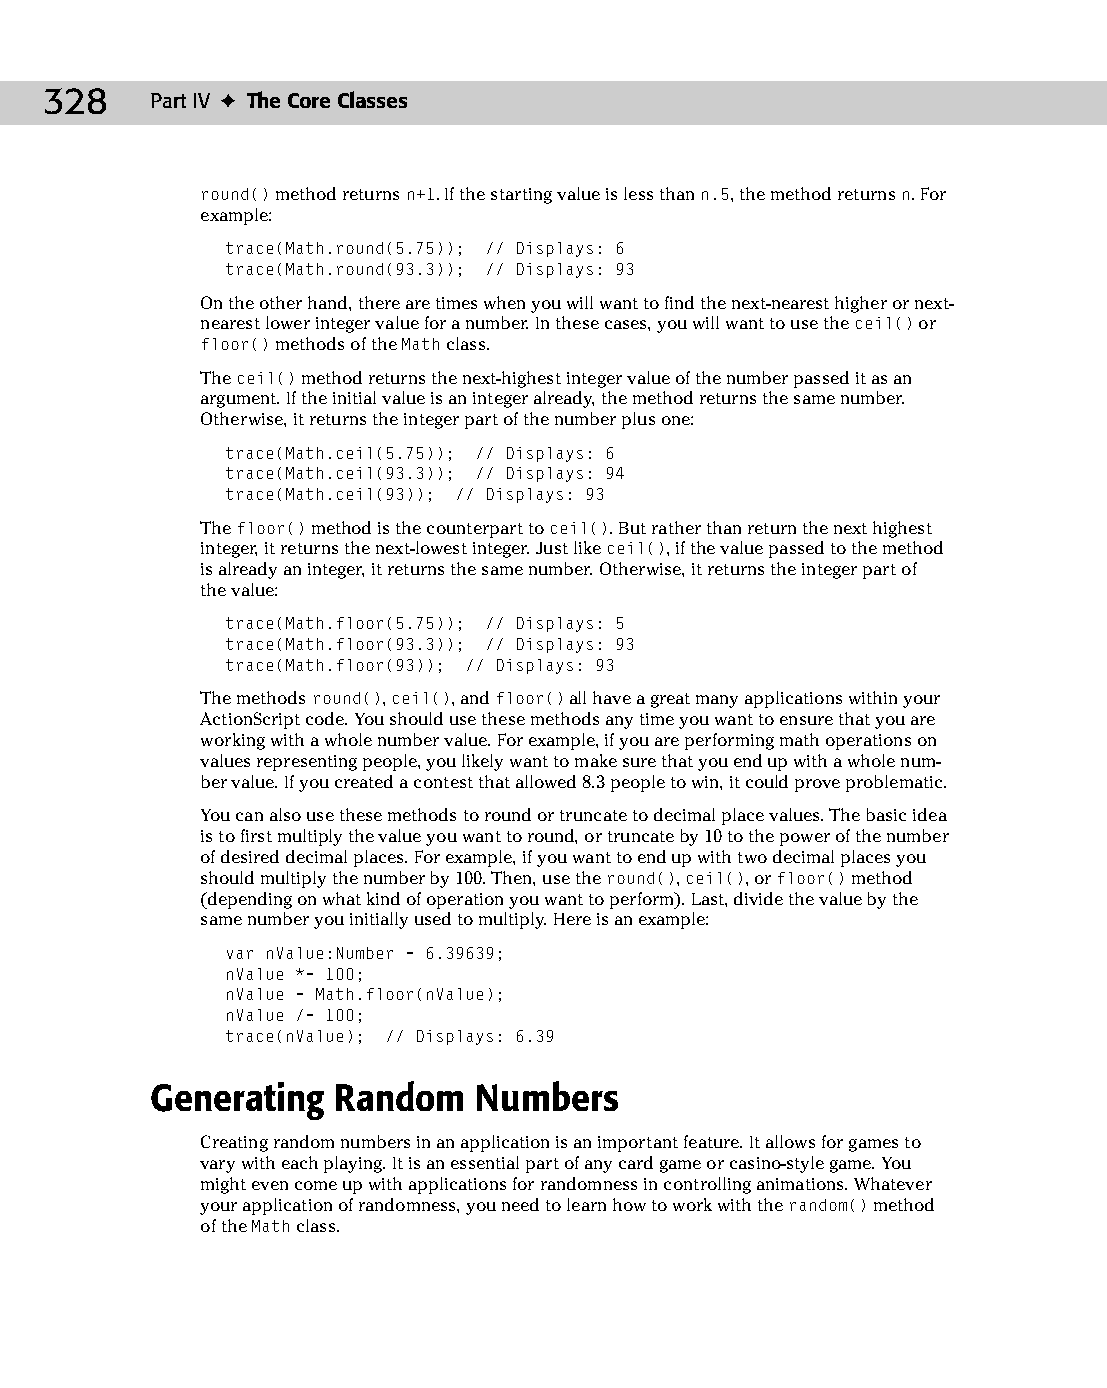
18 543547 ch13.qxd 3/24/04 4:11 PM Page 328
 328    Part IV ✦ The Core Classes
 round() method returns n+1. If the starting value is less than n.5, the method returns n. For
 example:
 trace(Math.round(5.75)); // Displays: 6
 trace(Math.round(93.3)); // Displays: 93
 On the other hand, there are times when you will want to find the next-nearest higher or next-
 nearest lower integer value for a number. In these cases, you will want to use the ceil() or
 floor() methods of the Math class.
 The ceil() method returns the next-highest integer value of the number passed it as an
 argument. If the initial value is an integer already, the method returns the same number.
 Otherwise, it returns the integer part of the number plus one:
 trace(Math.ceil(5.75)); // Displays: 6
 trace(Math.ceil(93.3)); // Displays: 94
 trace(Math.ceil(93)); // Displays: 93
 The floor() method is the counterpart to ceil(). But rather than return the next highest
 integer, it returns the next-lowest integer. Just like ceil(), if the value passed to the method
 is already an integer, it returns the same number. Otherwise, it returns the integer part of
 the value:
 trace(Math.floor(5.75)); // Displays: 5
 trace(Math.floor(93.3)); // Displays: 93
 trace(Math.floor(93)); // Displays: 93
 The methods round(), ceil(), and floor() all have a great many applications within your
 ActionScript code. You should use these methods any time you want to ensure that you are
 working with a whole number value. For example, if you are performing math operations on
 values representing people, you likely want to make sure that you end up with a whole num­
 ber value. If you created a contest that allowed 8.3 people to win, it could prove problematic.
 You can also use these methods to round or truncate to decimal place values. The basic idea
 is to first multiply the value you want to round, or truncate by 10 to the power of the number
 of desired decimal places. For example, if you want to end up with two decimal places you
 should multiply the number by 100. Then, use the round(), ceil(), or floor() method
 (depending on what kind of operation you want to perform). Last, divide the value by the
 same number you initially used to multiply. Here is an example:
 var nValue:Number = 6.39639;
 nValue *= 100;
 nValue = Math.floor(nValue);
 nValue /= 100;
 trace(nValue); // Displays: 6.39
 Generating  Random   Numbers
 Creating random numbers in an application is an important feature. It allows for games to
 vary with each playing. It is an essential part of any card game or casino-style game. You
 might even come up with applications for randomness in controlling animations. Whatever
 your application of randomness, you need to learn how to work with the random() method
 of the Math class.